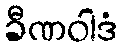
ခီဏဝါဒံ